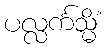
ပလ္လင်္ကသ္မိံ